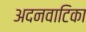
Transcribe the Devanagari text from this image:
अदनवाटिका